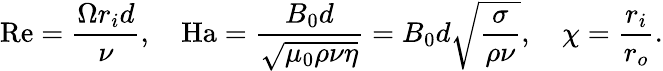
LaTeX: \mathrm{Re}=\frac{\Omega r_{i}d}{\nu},\quad\mathrm{Ha}=\frac{B_{0}d}{\sqrt{\mu_{0}\rho\nu\eta}}=B_{0}d\sqrt{\frac{\sigma}{\rho\nu}},\quad\chi=\frac{r_{i}}{r_{o}}.